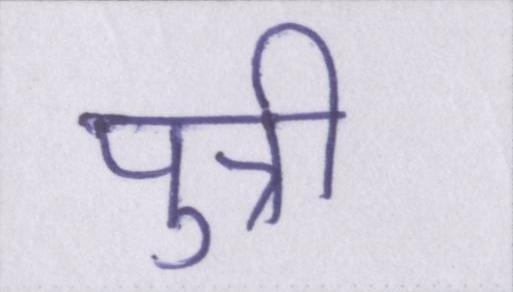
पुत्री